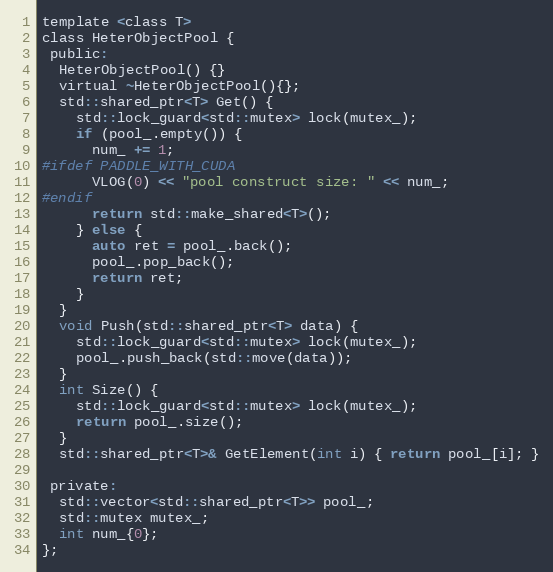
Language: C
template <class T>
class HeterObjectPool {
 public:
  HeterObjectPool() {}
  virtual ~HeterObjectPool(){};
  std::shared_ptr<T> Get() {
    std::lock_guard<std::mutex> lock(mutex_);
    if (pool_.empty()) {
      num_ += 1;
#ifdef PADDLE_WITH_CUDA
      VLOG(0) << "pool construct size: " << num_;
#endif
      return std::make_shared<T>();
    } else {
      auto ret = pool_.back();
      pool_.pop_back();
      return ret;
    }
  }
  void Push(std::shared_ptr<T> data) {
    std::lock_guard<std::mutex> lock(mutex_);
    pool_.push_back(std::move(data));
  }
  int Size() {
    std::lock_guard<std::mutex> lock(mutex_);
    return pool_.size();
  }
  std::shared_ptr<T>& GetElement(int i) { return pool_[i]; }

 private:
  std::vector<std::shared_ptr<T>> pool_;
  std::mutex mutex_;
  int num_{0};
};